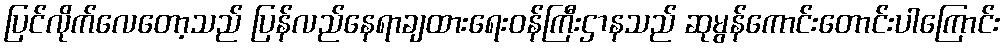
ပြင်လိုက်လေတော့သည် ပြန်လည်နေရာချထားရေးဝန်ကြီးဌာနသည် ဆုမွန်ကောင်းတောင်းပါကြောင်း